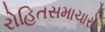
રોહિતસમાચારો